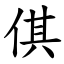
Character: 倛